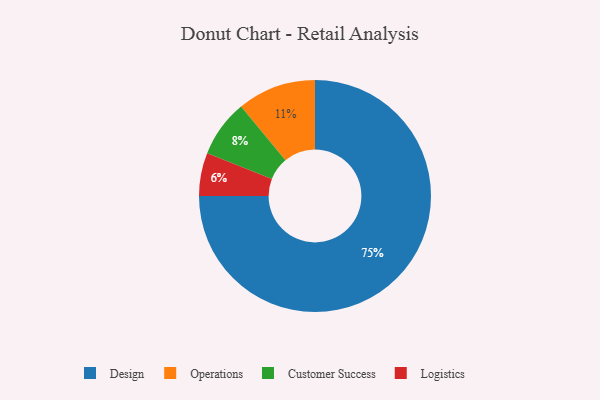
{"axis": {"x": "Category", "y": "Percentage"}, "legend": ["Customer Success", "Design", "Logistics", "Operations"], "data": [{"x": "Customer Success", "y": 8, "type": "Customer Success"}, {"x": "Operations", "y": 11, "type": "Operations"}, {"x": "Logistics", "y": 6, "type": "Logistics"}, {"x": "Design", "y": 75, "type": "Design"}]}